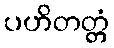
ပဟိတတ္တံ